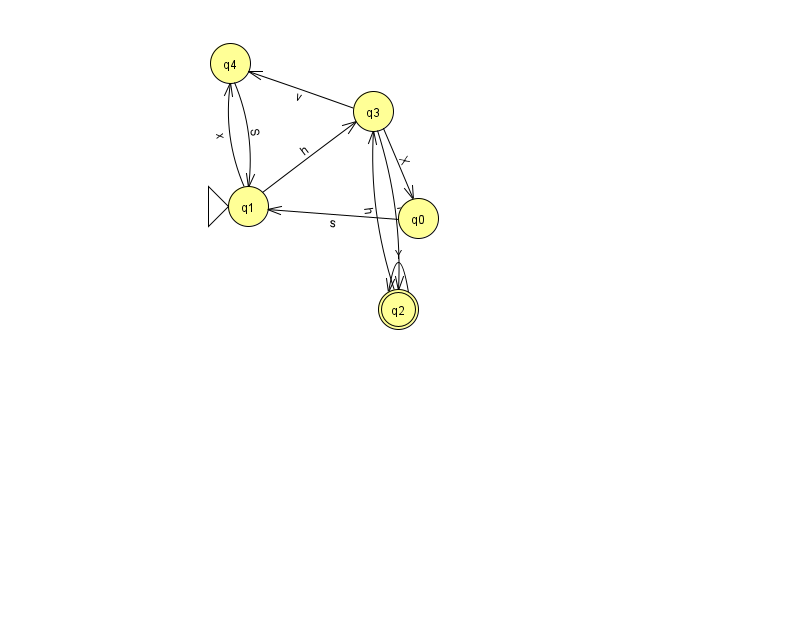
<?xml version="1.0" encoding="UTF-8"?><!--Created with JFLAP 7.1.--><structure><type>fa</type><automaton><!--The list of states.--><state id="0" name="q0"><x>418.0</x><y>205.0</y></state><state id="1" name="q1"><x>248.0</x><y>193.0</y><initial/></state><state id="2" name="q2"><x>398.0</x><y>296.0</y><final/></state><state id="3" name="q3"><x>373.0</x><y>98.0</y></state><state id="4" name="q4"><x>230.0</x><y>50.0</y></state><!--The list of transitions.--><transition><from>1</from><to>3</to><read>h</read></transition><transition><from>4</from><to>1</to><read>S</read></transition><transition><from>2</from><to>2</to><read>Y</read></transition><transition><from>3</from><to>2</to><read>l</read></transition><transition><from>3</from><to>4</to><read>v</read></transition><transition><from>1</from><to>4</to><read>x</read></transition><transition><from>3</from><to>0</to><read>X</read></transition><transition><from>0</from><to>1</to><read>s</read></transition><transition><from>2</from><to>3</to><read>h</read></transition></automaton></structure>